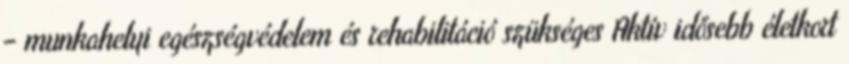
– munkahelyi egészségvédelem és rehabilitáció szükséges Aktív idősebb életkort